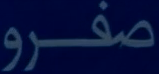
صفرو